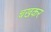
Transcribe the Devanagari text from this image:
चखकर